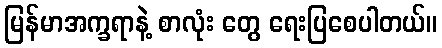
မြန်မာအက္ခရာနဲ့ စာလုံး တွေ ရေးပြစေပါတယ်။